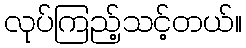
လုပ်ကြည့်သင့်တယ်။